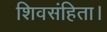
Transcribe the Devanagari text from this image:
शिवसंहिता।